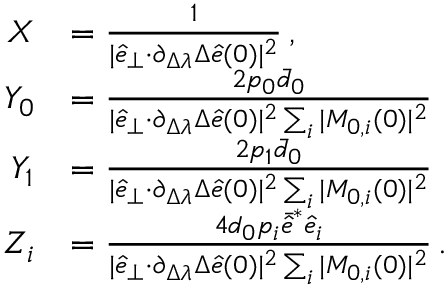
\begin{array} { r l } { X } & { = \frac { 1 } { \vert \hat { e } _ { \perp } { \cdot } \partial _ { \Delta \lambda } \Delta \hat { e } ( 0 ) \vert ^ { 2 } } \, , } \\ { Y _ { 0 } } & { = \frac { 2 p _ { 0 } \bar { d } _ { 0 } } { \vert \hat { e } _ { \perp } { \cdot } \partial _ { \Delta \lambda } \Delta \hat { e } ( 0 ) \vert ^ { 2 } \sum _ { i } \vert M _ { 0 , i } ( 0 ) \vert ^ { 2 } } } \\ { Y _ { 1 } } & { = \frac { 2 p _ { 1 } \bar { d } _ { 0 } } { \vert \hat { e } _ { \perp } { \cdot } \partial _ { \Delta \lambda } \Delta \hat { e } ( 0 ) \vert ^ { 2 } \sum _ { i } \vert M _ { 0 , i } ( 0 ) \vert ^ { 2 } } } \\ { Z _ { i } } & { = \frac { 4 d _ { 0 } p _ { i } \bar { \hat { e } } ^ { * } \hat { e } _ { i } } { \vert \hat { e } _ { \perp } { \cdot } \partial _ { \Delta \lambda } \Delta \hat { e } ( 0 ) \vert ^ { 2 } \sum _ { i } \vert M _ { 0 , i } ( 0 ) \vert ^ { 2 } } \, . } \end{array}